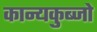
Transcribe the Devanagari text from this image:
कान्यकुब्जो